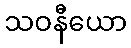
သဝနီယော